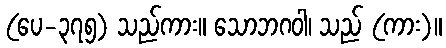
(ပေ-၃၇၅) သည်ကား။ သောဘဂဝါ၊ သည် (ကား)။